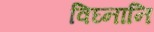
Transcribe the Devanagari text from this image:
विघ्नानि